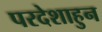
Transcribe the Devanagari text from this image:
परदेशाहुन